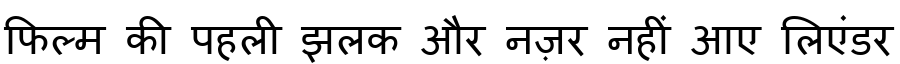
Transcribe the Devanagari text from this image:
फिल्म की पहली झलक और नज़र नहीं आए लिएंडर